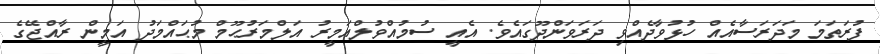
ފުރަތަމަ މަދަރަސާއެއް ހުޅުވާދެއްވި ދަރަވަންދޫގައެވެ. އެއީ ސުމުއްވުލްއަމީރު އަލްމަރުޙޫމް މުޙައްމަދު އަމީން ރާއްޖޭގެ